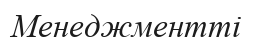
Менеджментті